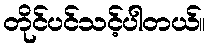
တိုင်ပင်သင့်ပါတယ်။